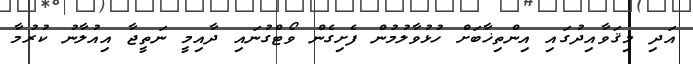
އަދި މިޤަވާއިދުގައި އިންތިޚާބަށް ހުޅުވާލުމުން ފެށިގެން ވޯޓްގުނައި ދާއިމީ ނަތީޖާ އިއުލާނު ކުރުމާ